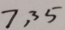
7 , 3 5